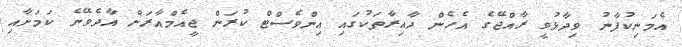
އެމަނިކުފާނު ވިދާޅުވީ ރާއްޖޭގެ އެހެން ދާއިރާތަކުގައި އިންވެސްޓް ކުރަން ޖީއެމްއާރަށް އާދެވޭނެ ކަމަށާއި